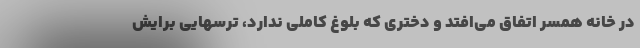
در خانه همسر اتفاق می‌افتد و دختری که بلوغ کاملی ندارد، ترسهایی برایش